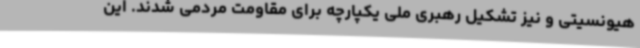
هیونسیتی و نیز تشکیل رهبری ملی یکپارچه برای مقاومت مردمی شدند. این